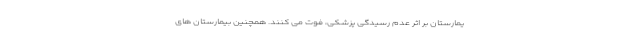
یمارستان بر اثر عدم رسیدگی پزشکی، فوت می کنند. همچنین بیمارستان های